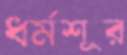
ধর্মশূর